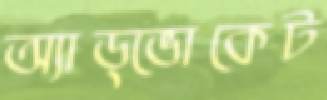
অ্যাড্‌ভোকেট